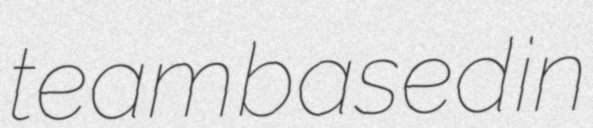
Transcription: team based in